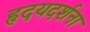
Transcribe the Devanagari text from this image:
हृदयदर्शना